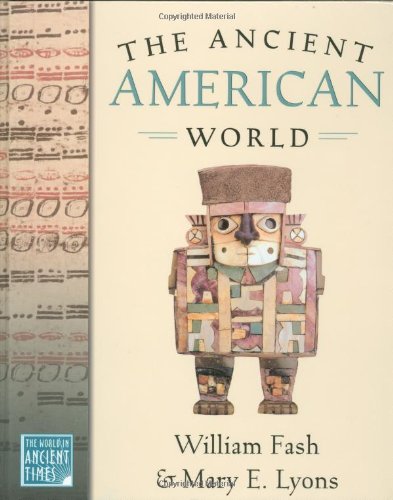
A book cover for The Ancient American World (The World in Ancient Times); William Fash; Children's Books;